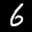
Label: 6